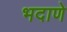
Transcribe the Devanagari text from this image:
भदाणे